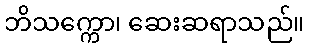
ဘိသက္ကော၊ ဆေးဆရာသည်။